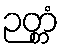
ဉတ္တံ